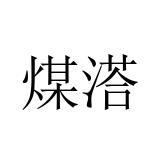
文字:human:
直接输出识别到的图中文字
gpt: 煤溚